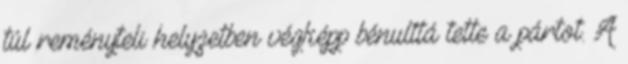
túl reményteli helyzetben végképp bénulttá tette a pártot. A